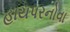
હાયપરનોવા